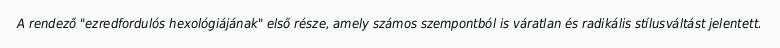
A rendező "ezredfordulós hexológiájának" első része, amely számos szempontból is váratlan és radikális stílusváltást jelentett.